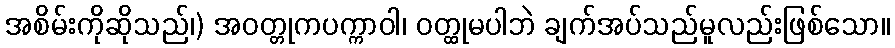
အစိမ်းကိုဆိုသည်၊) အဝတ္တုကပက္ကာဝါ၊ ဝတ္ထုမပါဘဲ ချက်အပ်သည်မူလည်းဖြစ်သော။